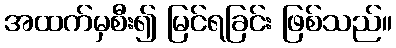
အထက်မှစီး၍ မြင်ရခြင်း ဖြစ်သည်။